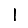
Digit: 1